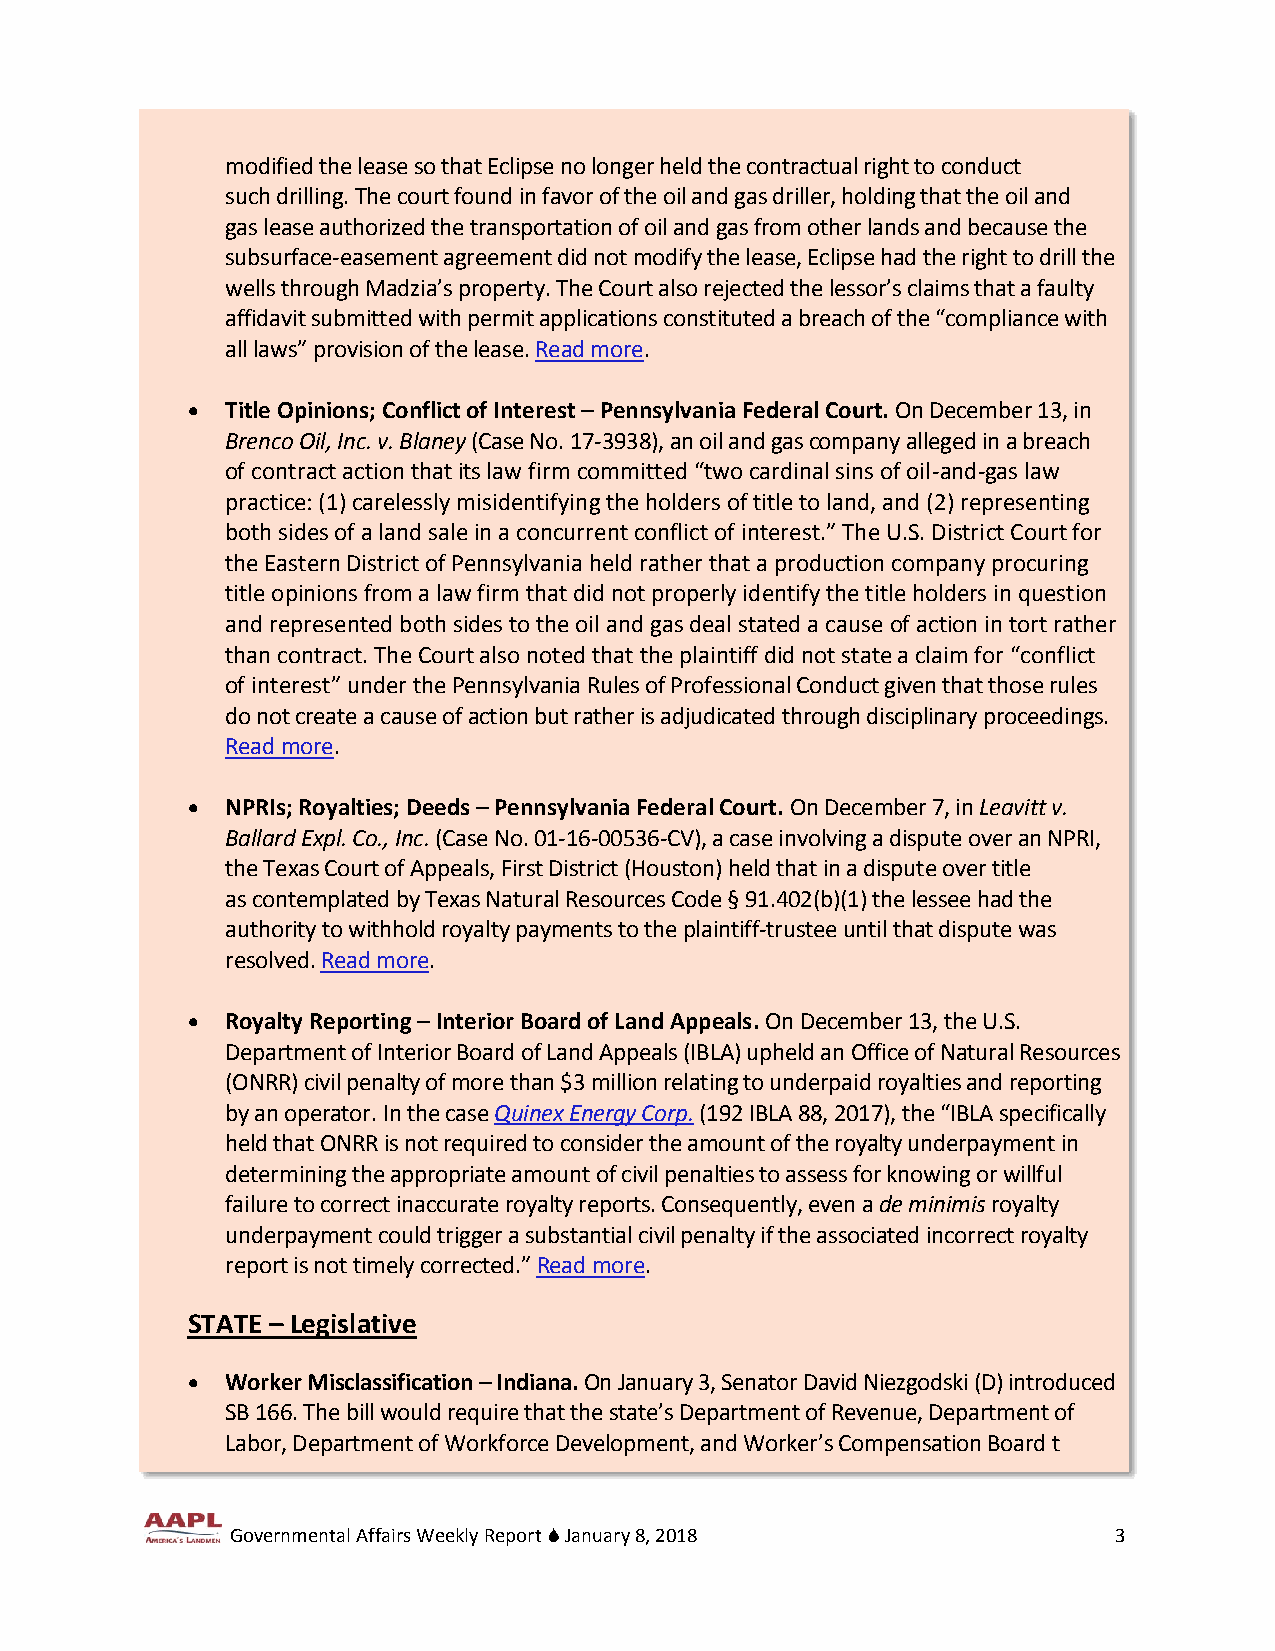
modified the lease so that Eclipse no longer held the contractual right to conduct
 such drilling. The court found in favor of the oil and gas driller, holding that the oil and
 gas lease authorized the transportation of oil and gas from other lands and because the
 subsurface-easement agreement did not modify the lease, Eclipse had the right to drill the
 wells through Madzia’s property. The Court also rejected the lessor’s claims that a faulty
 affidavit submitted with permit applications constituted a breach of the “compliance with
 all laws” provision of the lease. Read more.
   Title Opinions; Conflict of Interest – Pennsylvania Federal Court. On December 13, in
 Brenco Oil, Inc. v. Blaney (Case No. 17-3938), an oil and gas company alleged in a breach
 of contract action that its law firm committed “two cardinal sins of oil-and-gas law
 practice: (1) carelessly misidentifying the holders of title to land, and (2) representing
 both sides of a land sale in a concurrent conflict of interest.” The U.S. District Court for
 the Eastern District of Pennsylvania held rather that a production company procuring
 title opinions from a law firm that did not properly identify the title holders in question
 and represented both sides to the oil and gas deal stated a cause of action in tort rather
 than contract. The Court also noted that the plaintiff did not state a claim for “conflict
 of interest” under the Pennsylvania Rules of Professional Conduct given that those rules
 do not create a cause of action but rather is adjudicated through disciplinary proceedings.
 Read more.
   NPRIs; Royalties; Deeds – Pennsylvania Federal Court. On December 7, in Leavitt v.
 Ballard Expl. Co., Inc. (Case No. 01-16-00536-CV), a case involving a dispute over an NPRI,
 the Texas Court of Appeals, First District (Houston) held that in a dispute over title
 as contemplated by Texas Natural Resources Code § 91.402(b)(1) the lessee had the
 authority to withhold royalty payments to the plaintiff-trustee until that dispute was
 resolved. Read more.
   Royalty Reporting – Interior Board of Land Appeals. On December 13, the U.S.
 Department of Interior Board of Land Appeals (IBLA) upheld an Office of Natural Resources
 (ONRR) civil penalty of more than $3 million relating to underpaid royalties and reporting
 by an operator. In the case Quinex Energy Corp. (192 IBLA 88, 2017), the “IBLA specifically
 held that ONRR is not required to consider the amount of the royalty underpayment in
 determining the appropriate amount of civil penalties to assess for knowing or willful
 failure to correct inaccurate royalty reports. Consequently, even a de minimis royalty
 underpayment could trigger a substantial civil penalty if the associated incorrect royalty
 report is not timely corrected.” Read more.
 STATE – Legislative
   Worker Misclassification – Indiana. On January 3, Senator David Niezgodski (D) introduced
 SB 166. The bill would require that the state’s Department of Revenue, Department of
 Labor, Department of Workforce Development, and Worker’s Compensation Board t
 Governmental Affairs Weekly Report  January 8, 2018       3